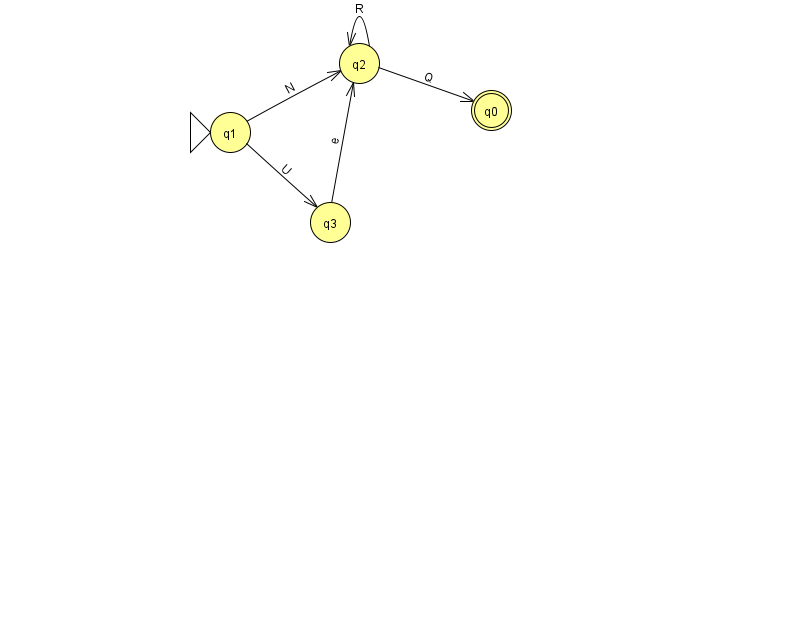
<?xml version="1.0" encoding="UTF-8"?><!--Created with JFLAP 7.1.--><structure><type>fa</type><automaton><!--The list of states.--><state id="0" name="q0"><x>491.0</x><y>97.0</y><final/></state><state id="1" name="q1"><x>230.0</x><y>119.0</y><initial/></state><state id="2" name="q2"><x>359.0</x><y>50.0</y></state><state id="3" name="q3"><x>330.0</x><y>209.0</y></state><!--The list of transitions.--><transition><from>1</from><to>3</to><read>U</read></transition><transition><from>2</from><to>2</to><read>R</read></transition><transition><from>3</from><to>2</to><read>e</read></transition><transition><from>2</from><to>0</to><read>Q</read></transition><transition><from>1</from><to>2</to><read>N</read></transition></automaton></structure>